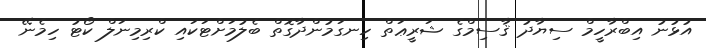
އުޅުނު އިބްރާހީމް ސިޔާދު ޤާސިމްގެ ޝަރީޢަތް ހިނގަމުންދާގޮތް ބެލުމަށްޓަކައި ކްރިމިނަލް ކޯޓު ހިމެނޭ